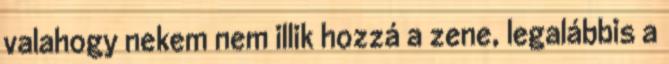
valahogy nekem nem illik hozzá a zene, legalábbis a